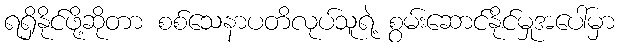
ရရှိနိုင်ဖို့ဆိုတာ စစ်သေနာပတိလုပ်သူရဲ့ စွမ်းဆောင်နိုင်မှုအပေါ်မှာ